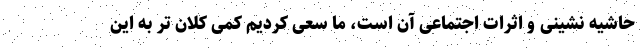
حاشیه نشینی و اثرات اجتماعی آن است، ما سعی کردیم کمی کلان تر به این